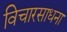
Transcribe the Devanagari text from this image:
विचारसाधना